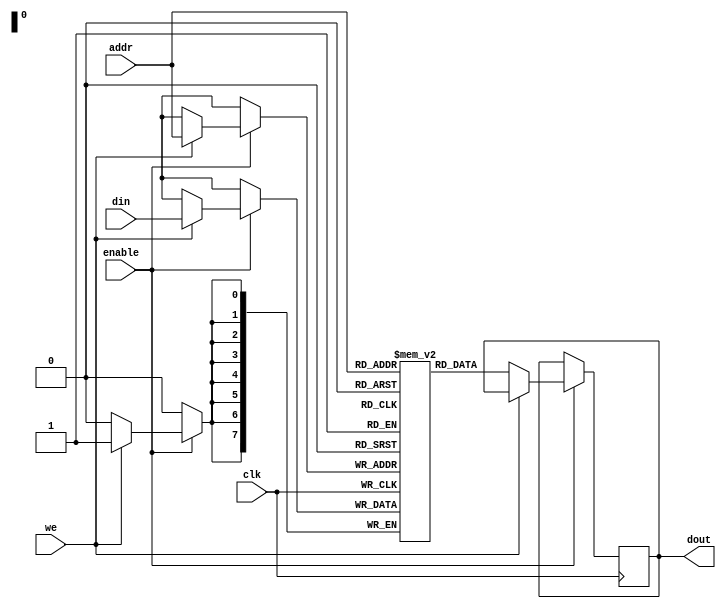
module memory_block #(
    parameter DATA_WIDTH = 8,     // Width of the data bus
    parameter ADDR_WIDTH = 8      // Width of the address bus
)(
    input wire clk,                // Main clock input
    input wire enable,             // Enable signal for the memory block
    input wire [ADDR_WIDTH-1:0] addr, // Address input
    input wire [DATA_WIDTH-1:0] din,   // Data input for write operations
    input wire we,                 // Write enable (1 -> write, 0 -> read)
    output reg [DATA_WIDTH-1:0] dout // Data output for read operations
);

    // Memory array declaration (for simplicity, using a small size)
    reg [DATA_WIDTH-1:0] mem [0:255]; // 256 x DATA_WIDTH memory

    // Always block for memory read/write
    always @(posedge clk) begin
        if (enable) begin
            if (we) begin
                mem[addr] <= din; // Write data to memory
            end else begin
                dout <= mem[addr]; // Read data from memory
            end
        end
    end

endmodule